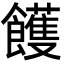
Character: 𩟓